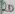
Text: 20